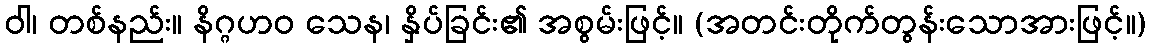
ဝါ၊ တစ်နည်း။ နိဂ္ဂဟဝ သေန၊ နှိပ်ခြင်း၏ အစွမ်းဖြင့်။ (အတင်းတိုက်တွန်းသောအားဖြင့်။)